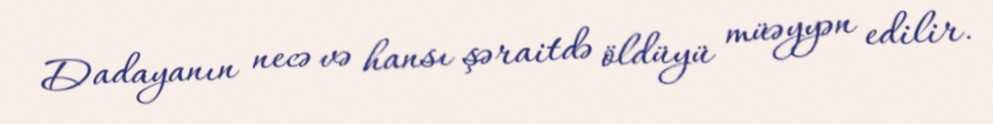
Dadayanın necə və hansı şəraitdə öldüyü müəyyən edilir.